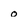
Character: o